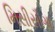
મિસીસૌગા